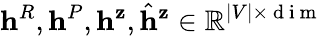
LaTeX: \mathbf{h}^{R},\mathbf{h}^{P},\mathbf{h}^{\mathbf{z}},\hat{\mathbf{h}}^{\mathbf{z}}\in\mathbb{R}^{|V|\times\mathrm{~d~i~m~}}